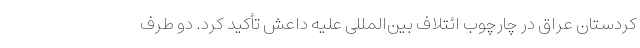
کردستان عراق در چارچوب ائتلاف بین‌المللی علیه داعش تأکید کرد. دو طرف